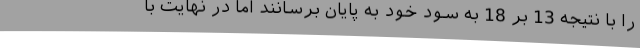
را با نتیجه 13 بر 18 به سود خود به پایان برسانند اما در نهایت با